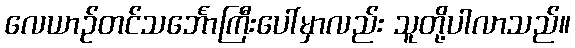
လေယာဉ်တင်သင်္ဘောကြီးပေါ်မှာလည်း သူတို့ပါလာသည်။